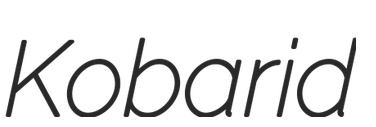
Kobarid